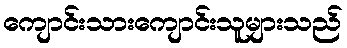
ကျောင်းသားကျောင်းသူများသည်